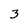
Character: 3